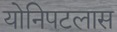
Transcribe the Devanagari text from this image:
योनिपटलास